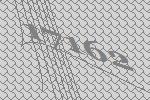
17162